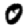
Digit: 0